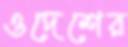
ওদেশের